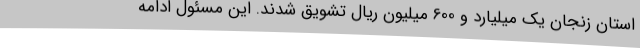
استان زنجان یک میلیارد و 600 میلیون ریال تشویق شدند. این مسئول ادامه